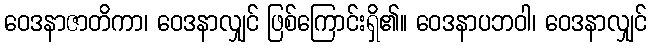
ဝေဒနာဇာတိကာ၊ ဝေဒနာလျှင် ဖြစ်ကြောင်းရှိ၏။ ဝေဒနာပဘဝါ၊ ဝေဒနာလျှင်